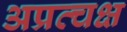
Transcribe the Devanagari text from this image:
अप्रत्चक्ष